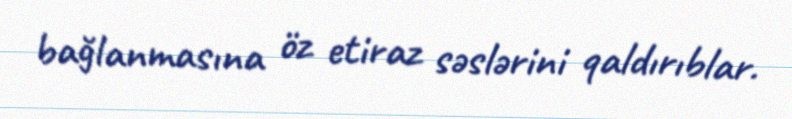
bağlanmasına öz etiraz səslərini qaldırıblar.